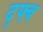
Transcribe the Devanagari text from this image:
द्फ्ब